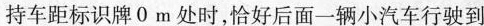
持车距标识牌0m处时，恰好后面一辆小汽车行驶到